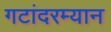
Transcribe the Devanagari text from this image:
गटांदरम्यान